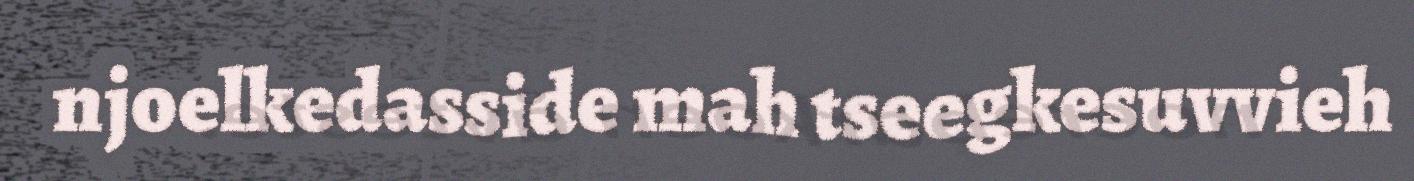
njoelkedasside mah tseegkesuvvieh